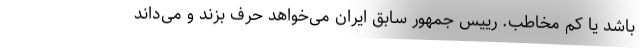
باشد یا کم مخاطب. رییس جمهور سابق ایران می‌خواهد حرف بزند و می‌داند